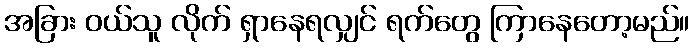
အခြား ဝယ်သူ လိုက် ရှာနေရလျှင် ရက်တွေ ကြာနေတော့မည်။